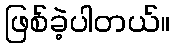
ဖြစ်ခဲ့ပါတယ်။